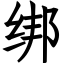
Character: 绑